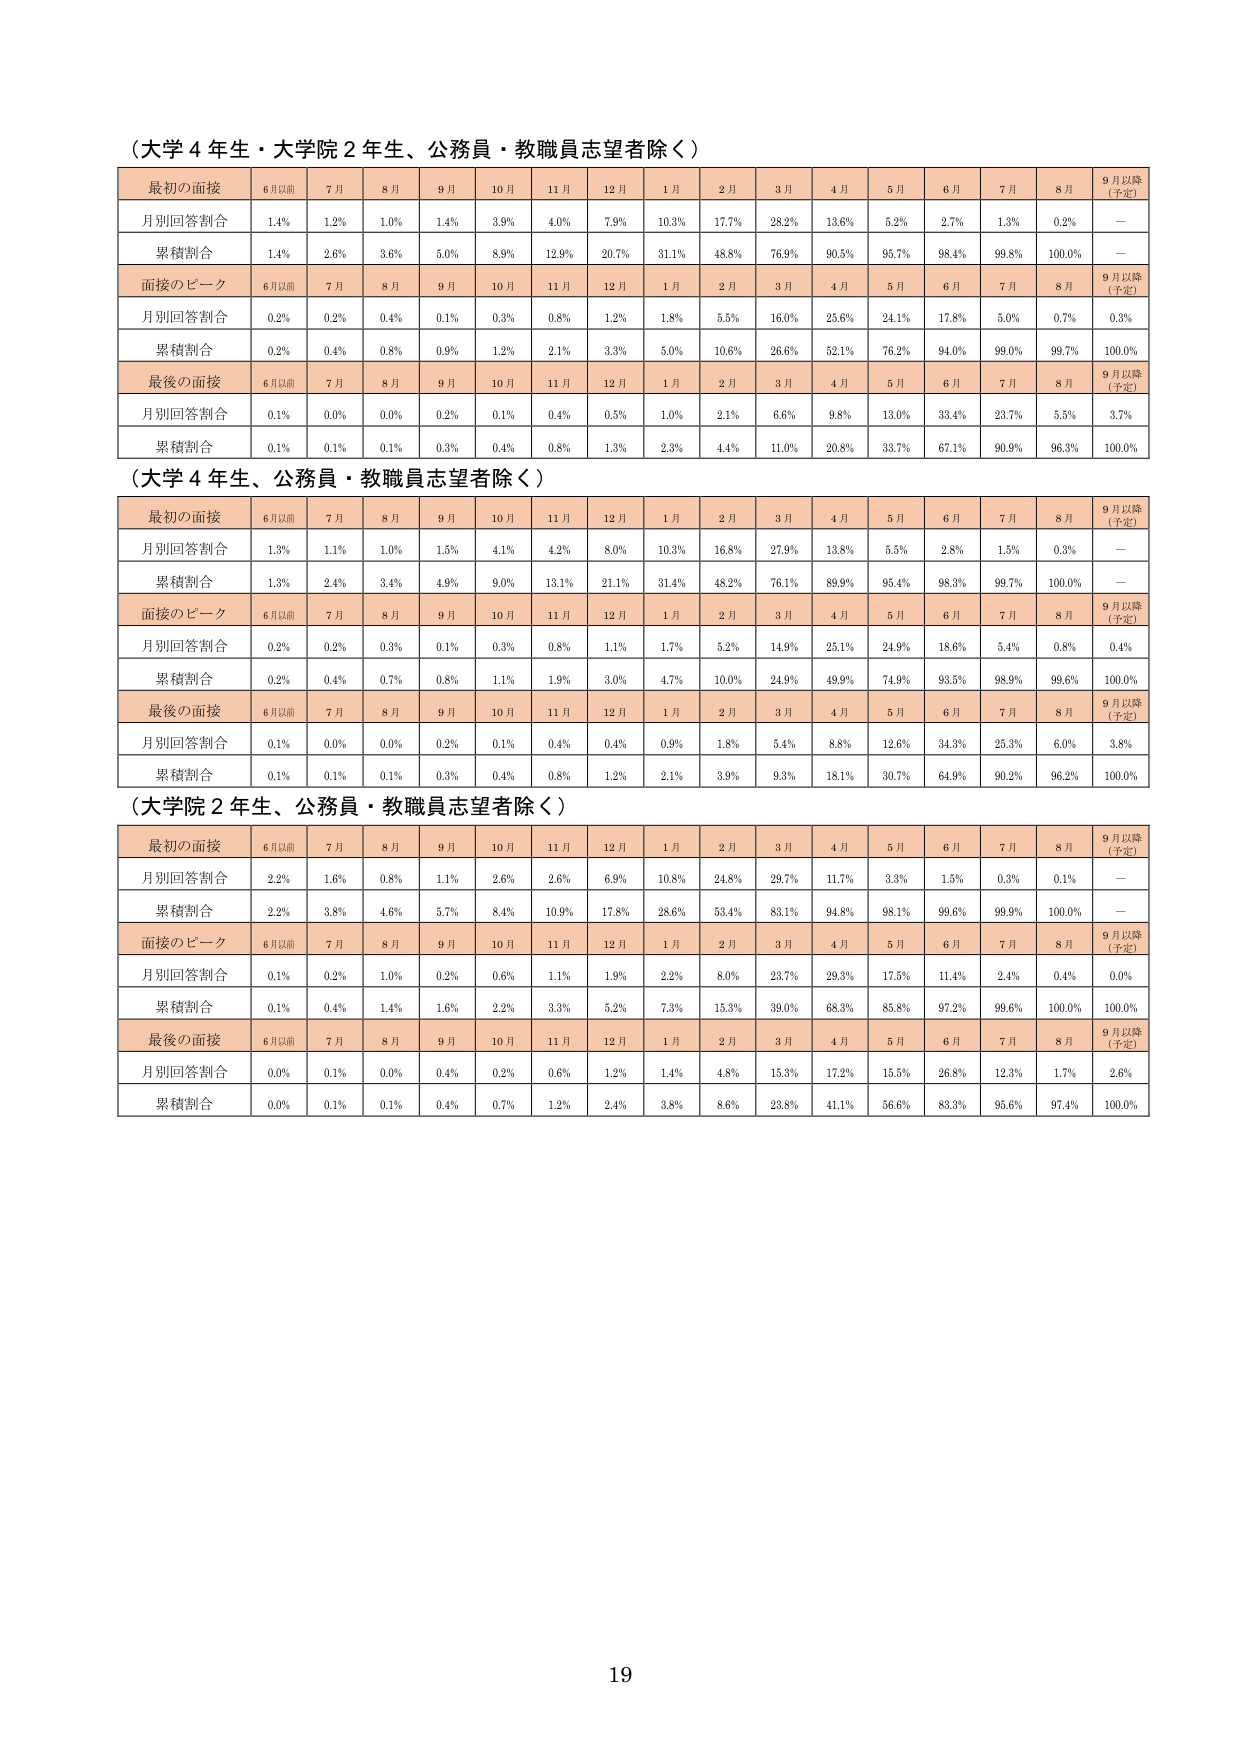
（大学４年生・大学院２年生、公務員・教職員志望者除く）

最初の面接　6月以前　7月　8月　9月　10月　11月　12月　1月　2月　3月　4月　5月　6月　7月　8月　9月以降（予定）
月別回答割合　1.4%　1.2%　1.0%　1.4%　3.9%　4.0%　7.9%　10.3%　17.7%　28.2%　13.6%　5.2%　2.7%　1.3%　0.2%　—
累積割合　1.4%　2.6%　3.6%　5.0%　8.9%　12.9%　20.7%　31.1%　48.8%　76.9%　90.5%　95.7%　98.4%　99.8%　100.0%　—

面接のピーク　6月以前　7月　8月　9月　10月　11月　12月　1月　2月　3月　4月　5月　6月　7月　8月　9月以降（予定）
月別回答割合　0.2%　0.2%　0.4%　0.1%　0.3%　0.8%　1.2%　1.8%　5.5%　16.0%　25.6%　24.1%　17.8%　5.0%　0.7%　0.3%
累積割合　0.2%　0.4%　0.8%　0.9%　1.2%　2.1%　3.3%　5.0%　10.6%　26.6%　52.1%　76.2%　94.0%　99.0%　99.7%　100.0%

最後の面接　6月以前　7月　8月　9月　10月　11月　12月　1月　2月　3月　4月　5月　6月　7月　8月　9月以降（予定）
月別回答割合　0.1%　0.0%　0.0%　0.2%　0.1%　0.4%　0.5%　1.0%　2.1%　6.6%　9.8%　13.0%　33.4%　23.7%　5.5%　3.7%
累積割合　0.1%　0.1%　0.1%　0.3%　0.4%　0.8%　1.3%　2.3%　4.4%　11.0%　20.8%　33.7%　67.1%　90.9%　96.3%　100.0%

（大学４年生、公務員・教職員志望者除く）

最初の面接　6月以前　7月　8月　9月　10月　11月　12月　1月　2月　3月　4月　5月　6月　7月　8月　9月以降（予定）
月別回答割合　1.3%　1.1%　1.0%　1.5%　4.1%　4.2%　8.0%　10.3%　16.8%　27.9%　13.8%　5.5%　2.8%　1.5%　0.3%　—
累積割合　1.3%　2.4%　3.4%　4.9%　9.0%　13.1%　21.1%　31.4%　48.2%　76.1%　89.9%　95.4%　98.3%　99.7%　100.0%　—

面接のピーク　6月以前　7月　8月　9月　10月　11月　12月　1月　2月　3月　4月　5月　6月　7月　8月　9月以降（予定）
月別回答割合　0.2%　0.2%　0.3%　0.1%　0.3%　0.8%　1.1%　1.7%　5.2%　14.9%　25.1%　24.9%　18.6%　5.4%　0.8%　0.4%
累積割合　0.2%　0.4%　0.7%　0.8%　1.1%　1.9%　3.0%　4.7%　10.0%　24.9%　49.9%　74.9%　93.5%　98.9%　99.6%　100.0%

最後の面接　6月以前　7月　8月　9月　10月　11月　12月　1月　2月　3月　4月　5月　6月　7月　8月　9月以降（予定）
月別回答割合　0.1%　0.0%　0.0%　0.2%　0.1%　0.4%　0.4%　0.9%　1.8%　5.4%　8.8%　12.6%　34.3%　25.3%　6.0%　3.8%
累積割合　0.1%　0.1%　0.1%　0.3%　0.4%　0.8%　1.2%　2.1%　3.9%　9.3%　18.1%　30.7%　64.9%　90.2%　96.2%　100.0%

（大学院２年生、公務員・教職員志望者除く）

最初の面接　6月以前　7月　8月　9月　10月　11月　12月　1月　2月　3月　4月　5月　6月　7月　8月　9月以降（予定）
月別回答割合　2.2%　1.6%　0.8%　1.1%　2.6%　2.6%　6.9%　10.8%　24.8%　29.7%　11.7%　3.3%　1.5%　0.3%　0.1%　—
累積割合　2.2%　3.8%　4.6%　5.7%　8.4%　10.9%　17.8%　28.6%　53.4%　83.1%　94.8%　98.1%　99.6%　99.9%　100.0%　—

面接のピーク　6月以前　7月　8月　9月　10月　11月　12月　1月　2月　3月　4月　5月　6月　7月　8月　9月以降（予定）
月別回答割合　0.1%　0.2%　1.0%　0.2%　0.6%　1.1%　1.9%　2.2%　8.0%　23.7%　29.3%　17.5%　11.4%　2.4%　0.4%　0.0%
累積割合　0.1%　0.4%　1.4%　1.6%　2.2%　3.3%　5.2%　7.3%　15.3%　39.0%　68.3%　85.8%　97.2%　99.6%　100.0%　100.0%

最後の面接　6月以前　7月　8月　9月　10月　11月　12月　1月　2月　3月　4月　5月　6月　7月　8月　9月以降（予定）
月別回答割合　0.0%　0.1%　0.0%　0.4%　0.2%　0.6%　1.2%　1.4%　4.8%　15.3%　17.2%　15.5%　26.8%　12.3%　1.7%　2.6%
累積割合　0.0%　0.1%　0.1%　0.4%　0.7%　1.2%　2.4%　3.8%　8.6%　23.8%　41.1%　56.6%　83.3%　95.6%　97.4%　100.0%

19